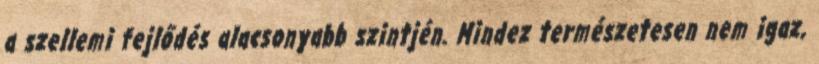
a szellemi fejlődés ala­cso­nyabb szintjén. Mindez természetesen nem igaz,